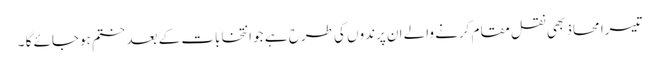
تیسرا محاذ بھی نقل مقام کرنے والے ان پرندوں کی طرح ہے جو انتخابات کے بعد ختم ہوجائے گا ۔